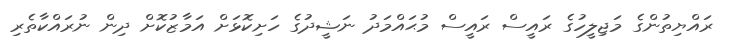
ރައްޔިތުންގެ މަޖިލީހުގެ ރައީސް ރައީސް މުޙައްމަދު ނަޝީދުގެ ހަށިކޮޅަށް އަމާޒުކޮށް ދިން ނުރައްކާތެރި